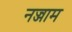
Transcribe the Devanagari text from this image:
नज्जाम